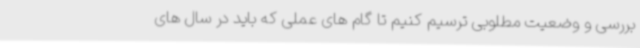
بررسی و وضعیت مطلوبی ترسیم کنیم تا گام های عملی که باید در سال های